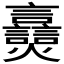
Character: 𬋠